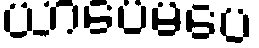
ယာပေမပေ